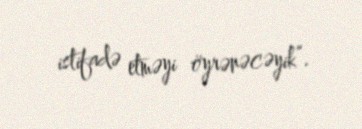
istifadə etməyi öyrənəcəyik”.